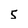
Character: 5